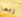
ربما